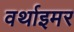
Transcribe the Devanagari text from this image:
वर्थाइमर